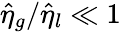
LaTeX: \hat{\eta}_{g}/\hat{\eta}_{l}\ll 1